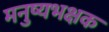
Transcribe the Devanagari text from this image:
मनुष्यभक्षक